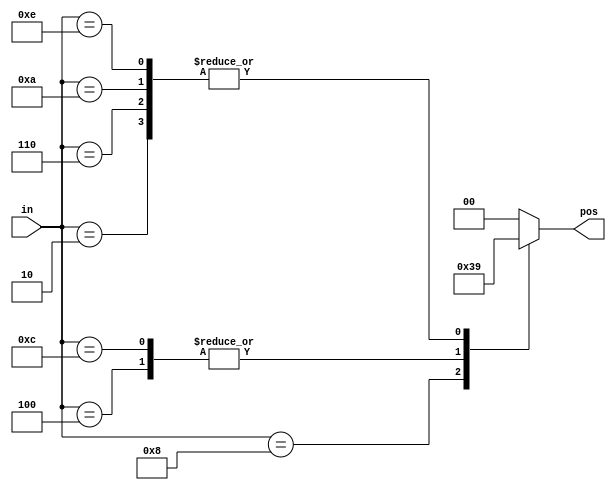
// synthesis verilog_input_version verilog_2001
module top_module (
    input [3:0] in,
    output reg [1:0] pos  );

    always@(*) begin
        case(in)
            4'd2: pos = 1;
            4'd4: pos = 2;
            4'd6: pos = 1;
            4'd8: pos = 3;
            4'd10: pos = 1;
            4'd12: pos = 2;
            4'd14: pos = 1;
            default: pos = 0;
        endcase
    end
    
endmodule